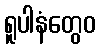
ရူပါနံတွေဝ